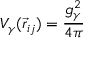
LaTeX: V _ { \gamma } ( \vec { r } _ { i j } ) = \frac { g _ { \gamma } ^ { 2 } } { 4 \pi }